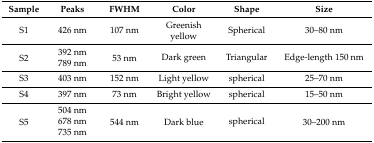
<table><thead><tr><td><b>Sample</b></td><td><b>Peaks</b></td><td><b>FWHM</b></td><td><b>Color</b></td><td><b>Shape</b></td><td><b>Size</b></td></tr></thead><tbody><tr><td>S1</td><td>426 nm</td><td>107 nm</td><td>Greenish yellow</td><td>Spherical</td><td>30–80 nm</td></tr><tr><td rowspan="2">S2</td><td>392 nm</td><td rowspan="2">53 nm</td><td rowspan="2">Dark green</td><td rowspan="2">Triangular</td><td rowspan="2">Edge-length 150 nm</td></tr><tr><td>789 nm</td></tr><tr><td>S3</td><td>403 nm</td><td>152 nm</td><td>Light yellow</td><td>spherical</td><td>25–70 nm</td></tr><tr><td>S4</td><td>397 nm</td><td>73 nm</td><td>Bright yellow</td><td>spherical</td><td>15–50 nm</td></tr><tr><td rowspan="3">S5</td><td>504 nm</td><td rowspan="3">544 nm</td><td rowspan="3">Dark blue</td><td rowspan="3">spherical</td><td rowspan="3">30–200 nm</td></tr><tr><td>678 nm</td></tr><tr><td>735 nm</td></tr></tbody></table>